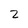
Character: 2